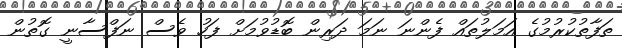
ތަފާތުކުރުމުގެ އަމަލުތައް ފެންނަ ނަމަ ދަރިން ބޮޑުވުމަށް ފަހު ވެސް ނަފްސާނީ ގޮތުން